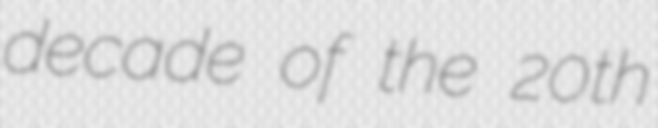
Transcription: decade of the 20th